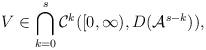
LaTeX: \begin{align*}V \in \bigcap_{k=0}^{s} \mathcal{C}^{k}([0, \infty), D(\mathcal{A}^{s-k})), \end{align*}